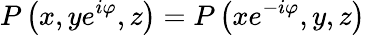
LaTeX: P\left(x,ye^{i\varphi},z\right)=P\left(xe^{-i\varphi},y,z\right)